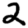
Digit: 2